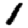
Digit: 1